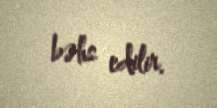
bəhs edilir.